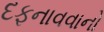
દફનાવવાનો